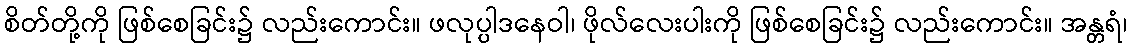
စိတ်တို့ကို ဖြစ်စေခြင်း၌ လည်းကောင်း။ ဖလုပ္ပါဒနေဝါ၊ ဖိုလ်လေးပါးကို ဖြစ်စေခြင်း၌ လည်းကောင်း။ အန္တရံ၊